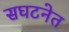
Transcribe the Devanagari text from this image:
सघटनेत